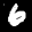
Label: 6